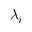
\lambda _ { i }